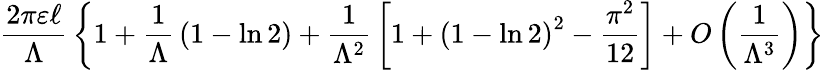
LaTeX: {\frac{2\pi\varepsilon\ell}{\Lambda}}\left\{ 1+{\frac{1}{\Lambda}}\left(1-\ln 2\right)+{\frac{1}{\Lambda^{2}}}\left[1+\left(1-\ln 2\right)^{2}-{\frac{\pi^{2}}{12}}\right]+O\left({\frac{1}{\Lambda^{3}}}\right)\right\}